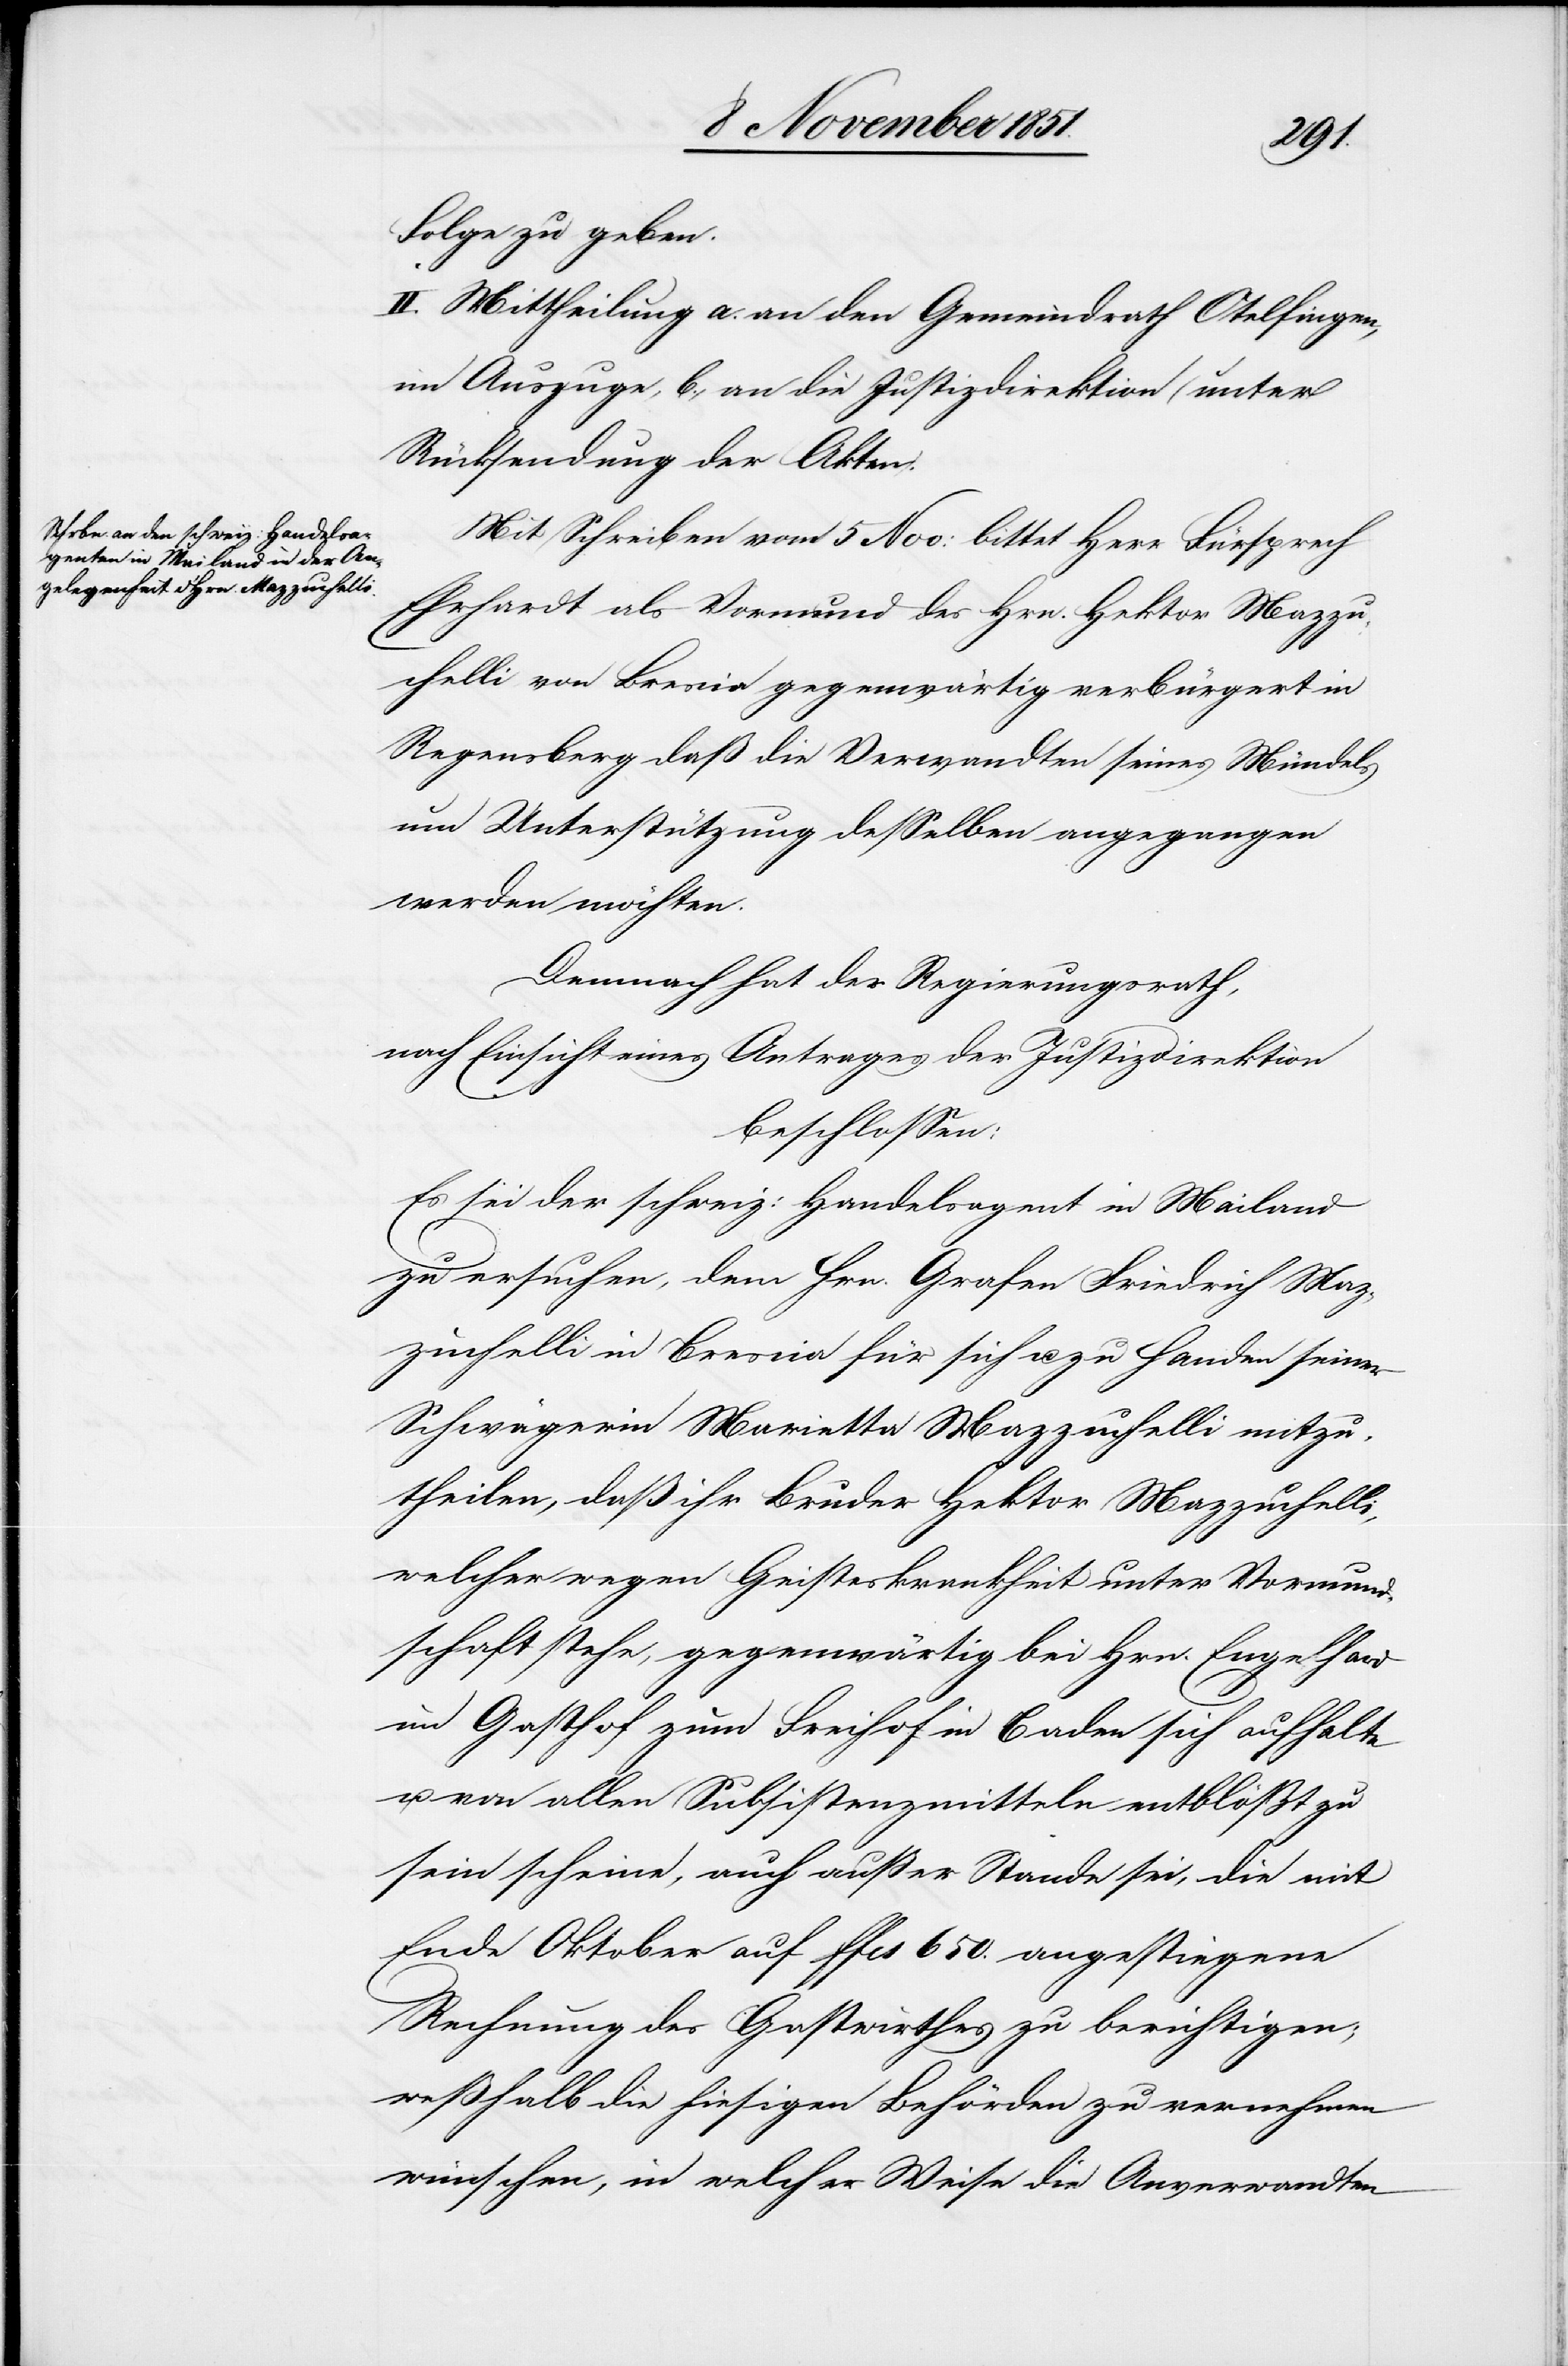
Folge zu geben.
II. Mittheilung a. an den Gemeindrath Otelfingen,
im Auszuge, b., an die Justizdirektion (unter
Rücksendung der Akten).
Mit Schreiben vom 5 Nov: bittet Herr Fürsprech
Ehrhardt als Vormund des Hrn. Hektor Mazzu¬
chelli von Brescia gegenwärtig verbürgert in
Regensberg daß die Verwandten seines Mündels
um Unterstützung desselben angegangen
werden möchten.
Demnach hat der Regierungsrath,
nach Einsicht eines Antrages der Justizdirektion
beschlossen:
Es sei der schweiz: Handelsagent in Mailand
zu ersuchen, dem Hrn. Grafen Friedrich Maz¬
zuchelli in Brescia für sich u. zu Handen seiner
Schwägerin Marietta Mazzuchelli mitzu¬
theilen, daß ihr Bruder Hektor Mazzuchelli,
welcher wegen Geisteskrankheit unter Vormund¬
schaft stehe, gegenwärtig bei Hrn. Engelhard
im Gasthof zum Freihof in Baden sich aufhalte
u. von allen Subsistenzmitteln entblößt zu
sein scheine, auch außer Stande sei, die mit
Ende Oktober auf ffcs 650. angestiegene
Rechnung des Gastwirthes zu berichtigen;
weßhalb die hiesigen Behörden zu vernehmen
wünschen, in welcher Weise die Anverwandten